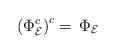
LaTeX: \begin{align*}\left(\Phi^c_\mathcal{E}\right)^c=\,\Phi_\mathcal{E}\end{align*}